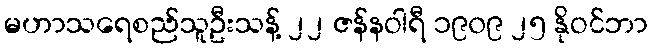
မဟာသရေစည်သူဦးသန့် ၂၂ ဇန်နဝါရီ ၁၉၀၉ ၂၅ နိုဝင်ဘာ